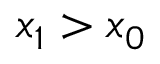
x _ { 1 } > x _ { 0 }